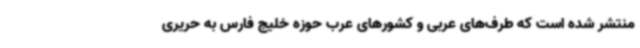
منتشر شده است که طرف‌های عربی و کشورهای عرب حوزه خلیج فارس به حریری